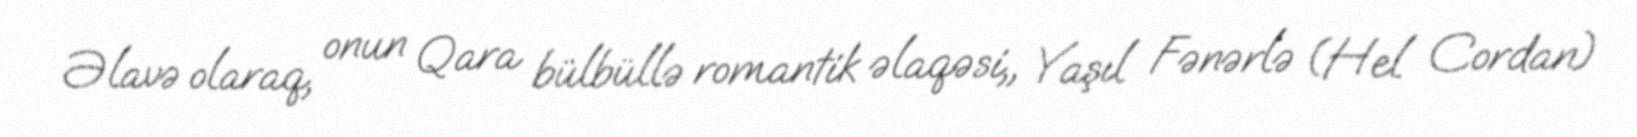
Əlavə olaraq, onun Qara bülbüllə romantik əlaqəsi,, Yaşıl Fənərlə (Hel Cordan)